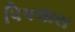
પિપલારા